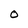
Character: O